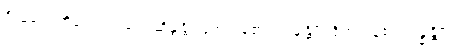
ဦးခေါင်းကိုသော်လည်း။ ဆိန္ဒန္တိ၊ ဖြတ်ကုန်၏။ ဟနန္တိပိ၊ ရိုက်ကုန်၏။ ဗန္ဓန္တိပိ၊